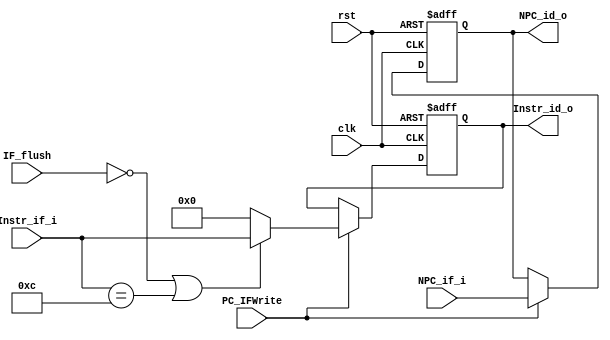
module IF_ID(
  input  [31:0] NPC_if_i,
  input  [31:0] Instr_if_i,
  input         clk,
  input         rst,
  input         IF_flush,
  input         PC_IFWrite,
  
  output [31:0] NPC_id_o,//New PC for ID stage
  output [31:0] Instr_id_o//Instruction for ID stage
  );
  
  reg [31:0] IF_ID_reg[1:0];
  /*
  IF_ID_Reg[0]: NPC_id
  IF_ID_Reg[1]: IR_id
  */
  always@(posedge clk or posedge rst)
  begin
    if (rst)
      begin
        IF_ID_reg[0] = 32'h0;
        IF_ID_reg[1] = 32'h0;
      end
    else if (PC_IFWrite)
      begin
        if (!IF_flush || (Instr_if_i == 32'hc))//invalid flush when syscall exists
          begin
            IF_ID_reg[0] = NPC_if_i;
            IF_ID_reg[1] = Instr_if_i;
          end
        else
          begin
            IF_ID_reg[0] = NPC_if_i;
            IF_ID_reg[1] = 32'h0;
          end
      end
    $display("-------------------------------------------------------------------------------");
    $display("IF/ID: NPC_id = %8X, IR_id = %8X", IF_ID_reg[0], IF_ID_reg[1]);
  end
  assign NPC_id_o = IF_ID_reg[0];
  assign Instr_id_o = IF_ID_reg[1];
endmodule